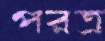
পরত্র